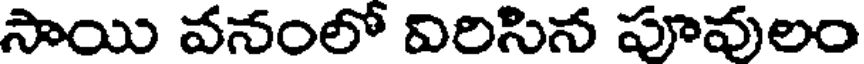
సాయి వనంలో విరిసిన పూవులం